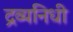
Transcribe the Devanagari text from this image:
द्रव्यनिधी